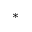
^ { \ast }